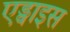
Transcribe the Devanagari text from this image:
एड्वाइस